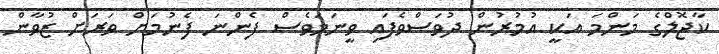
ކާޖޮލްގެ މަންމަ އަކީ އުމުރުން ދުވަސްވެފައި ވީނަމަވެސް ފެންނަ ފެނުމަށް ވަރަށް ޒުވާން